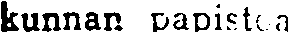
kunnan papistoa